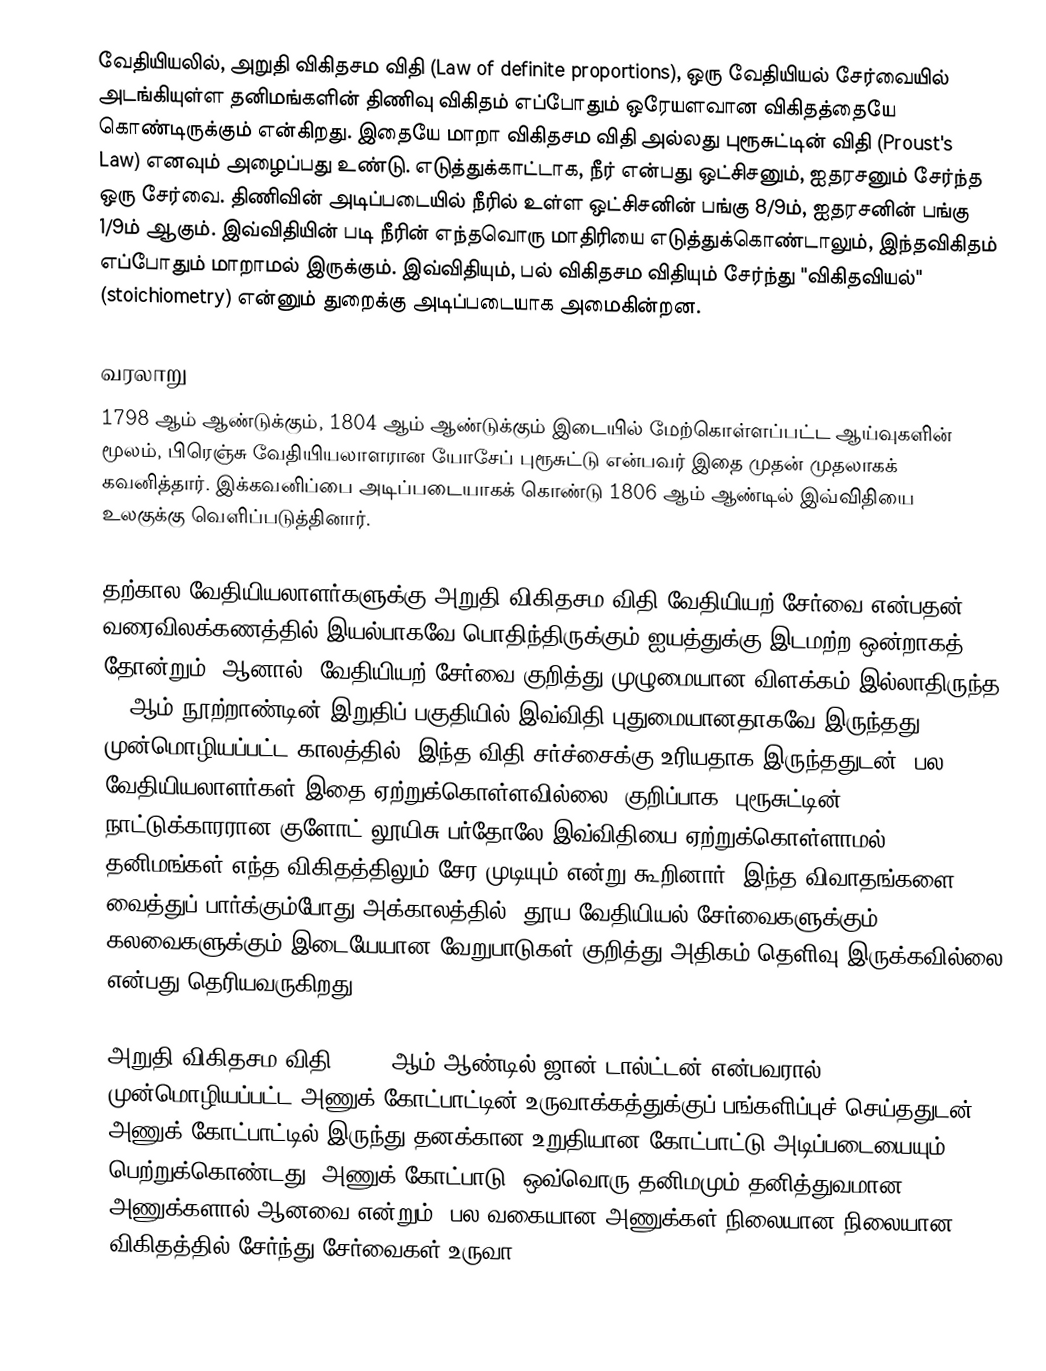
வேதியியலில், அறுதி விகிதசம விதி (Law of definite proportions), ஒரு வேதியியல் சேர்வையில் அடங்கியுள்ள தனிமங்களின் திணிவு விகிதம் எப்போதும் ஒரேயளவான விகிதத்தையே கொண்டிருக்கும் என்கிறது. இதையே மாறா விகிதசம விதி அல்லது புரூசுட்டின் விதி (Proust's Law) எனவும் அழைப்பது உண்டு. எடுத்துக்காட்டாக, நீர் என்பது ஒட்சிசனும், ஐதரசனும் சேர்ந்த ஒரு சேர்வை. திணிவின் அடிப்படையில் நீரில் உள்ள ஒட்சிசனின் பங்கு 8/9ம், ஐதரசனின் பங்கு 1/9ம் ஆகும். இவ்விதியின் படி நீரின் எந்தவொரு மாதிரியை எடுத்துக்கொண்டாலும், இந்தவிகிதம் எப்போதும் மாறாமல் இருக்கும். இவ்விதியும், பல் விகிதசம விதியும் சேர்ந்து "விகிதவியல்" (stoichiometry) என்னும் துறைக்கு அடிப்படையாக அமைகின்றன.

வரலாறு
1798 ஆம் ஆண்டுக்கும், 1804 ஆம் ஆண்டுக்கும் இடையில் மேற்கொள்ளப்பட்ட ஆய்வுகளின் மூலம், பிரெஞ்சு வேதியியலாளரான யோசேப் புரூசுட்டு என்பவர் இதை முதன் முதலாகக் கவனித்தார். இக்கவனிப்பை அடிப்படையாகக் கொண்டு 1806 ஆம் ஆண்டில் இவ்விதியை உலகுக்கு வெளிப்படுத்தினார்.

தற்கால வேதியியலாளர்களுக்கு அறுதி விகிதசம விதி வேதியியற் சேர்வை என்பதன் வரைவிலக்கணத்தில் இயல்பாகவே பொதிந்திருக்கும் ஐயத்துக்கு இடமற்ற ஒன்றாகத் தோன்றும். ஆனால், வேதியியற் சேர்வை குறித்து முழுமையான விளக்கம் இல்லாதிருந்த 18 ஆம் நூற்றாண்டின் இறுதிப் பகுதியில் இவ்விதி புதுமையானதாகவே இருந்தது. முன்மொழியப்பட்ட காலத்தில், இந்த விதி சர்ச்சைக்கு உரியதாக இருந்ததுடன், பல வேதியியலாளர்கள் இதை ஏற்றுக்கொள்ளவில்லை. குறிப்பாக, புரூசுட்டின் நாட்டுக்காரரான குளோட் லூயிசு பர்தோலே இவ்விதியை ஏற்றுக்கொள்ளாமல், தனிமங்கள் எந்த விகிதத்திலும் சேர முடியும் என்று கூறினார். இந்த விவாதங்களை வைத்துப் பார்க்கும்போது அக்காலத்தில், தூய வேதியியல் சேர்வைகளுக்கும், கலவைகளுக்கும் இடையேயான வேறுபாடுகள் குறித்து அதிகம் தெளிவு இருக்கவில்லை என்பது தெரியவருகிறது.

அறுதி விகிதசம விதி, 1803 ஆம் ஆண்டில் ஜான் டால்ட்டன் என்பவரால் முன்மொழியப்பட்ட அணுக் கோட்பாட்டின் உருவாக்கத்துக்குப் பங்களிப்புச் செய்ததுடன், அணுக் கோட்பாட்டில் இருந்து தனக்கான உறுதியான கோட்பாட்டு அடிப்படையையும் பெற்றுக்கொண்டது. அணுக் கோட்பாடு, ஒவ்வொரு தனிமமும் தனித்துவமான அணுக்களால் ஆனவை என்றும், பல வகையான அணுக்கள் நிலையான நிலையான விகிதத்தில் சேர்ந்து சேர்வைகள் உருவா